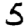
Digit: 5